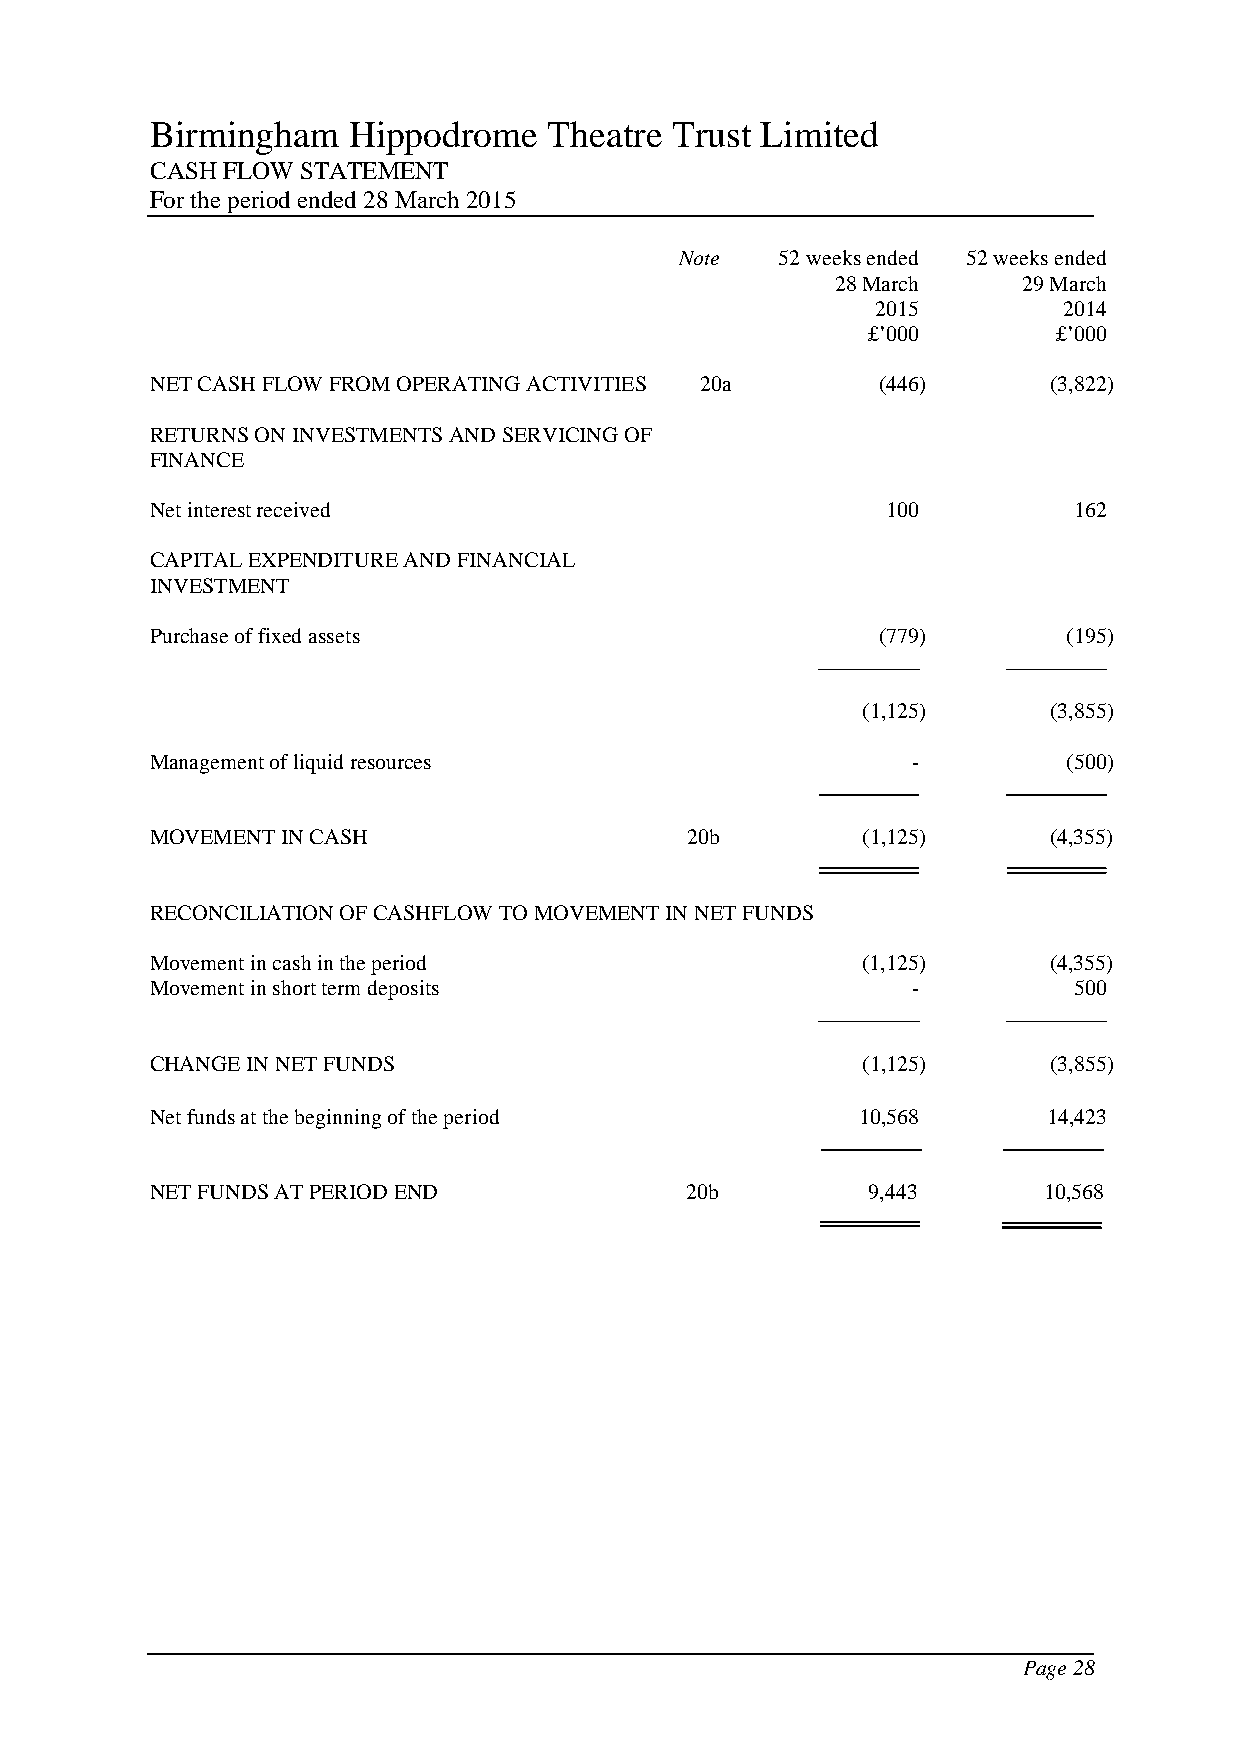
Birmingham   Hippodrome   Theatre Trust Limited
 CASH FLOW STATEMENT
 For the period ended 28 March 2015
 Note   52 weeks ended 52 weeks ended
 28 March     29 March
 2015        2014
 £’000        £’000
 NET CASH FLOW FROM OPERATING ACTIVITIES 20a     (446)      (3,822)
 RETURNS ON INVESTMENTS AND SERVICING OF
 FINANCE
 Net interest received                            100         162
 CAPITAL EXPENDITURE AND FINANCIAL
 INVESTMENT
 Purchase of fixed assets                        (779)        (195)
 (1,125)     (3,855)
 Management of liquid resources                    -          (500)
 MOVEMENT IN CASH                   20b         (1,125)     (4,355)
 RECONCILIATION OF CASHFLOW TO MOVEMENT IN NET FUNDS
 Movement in cash in the period                 (1,125)     (4,355)
 Movement in short term deposits                   -          500
 CHANGE IN NET FUNDS                            (1,125)     (3,855)
 Net funds at the beginning of the period       10,568      14,423
 NET FUNDS AT PERIOD END            20b         9,443       10,568
 Page 28